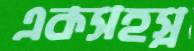
একসহস্র